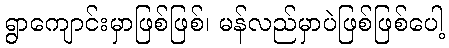
ရွာကျောင်းမှာဖြစ်ဖြစ်၊ မန်လည်မှာပဲဖြစ်ဖြစ်ပေါ့